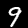
Label: 9